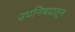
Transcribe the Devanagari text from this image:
उपनिषदातून